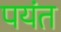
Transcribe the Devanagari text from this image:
पयंत